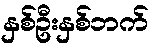
နှစ်ဦးနှစ်ဘက်